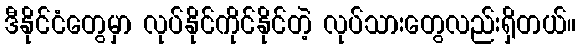
ဒီနိုင်ငံတွေမှာ လုပ်နိုင်ကိုင်နိုင်တဲ့ လုပ်သားတွေလည်းရှိတယ်။